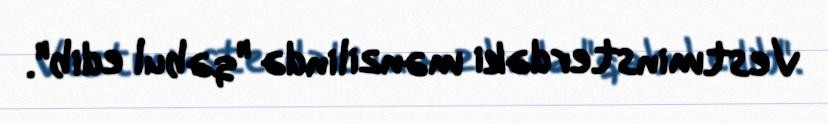
Vestminsterdəki mənzilində "qəbul edib".